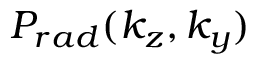
P _ { r a d } ( k _ { z } , k _ { y } )